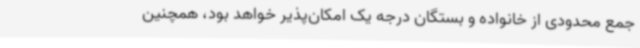
جمع محدودی از خانواده و بستگان درجه یک امکان‌پذیر خواهد بود، همچنین